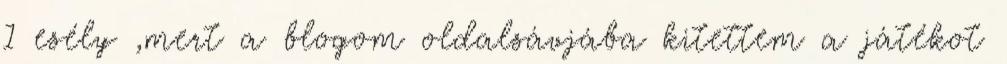
1 esély ,mert a blogom oldalsávjába kitettem a játékot